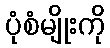
ပုံစံမျိုးကို